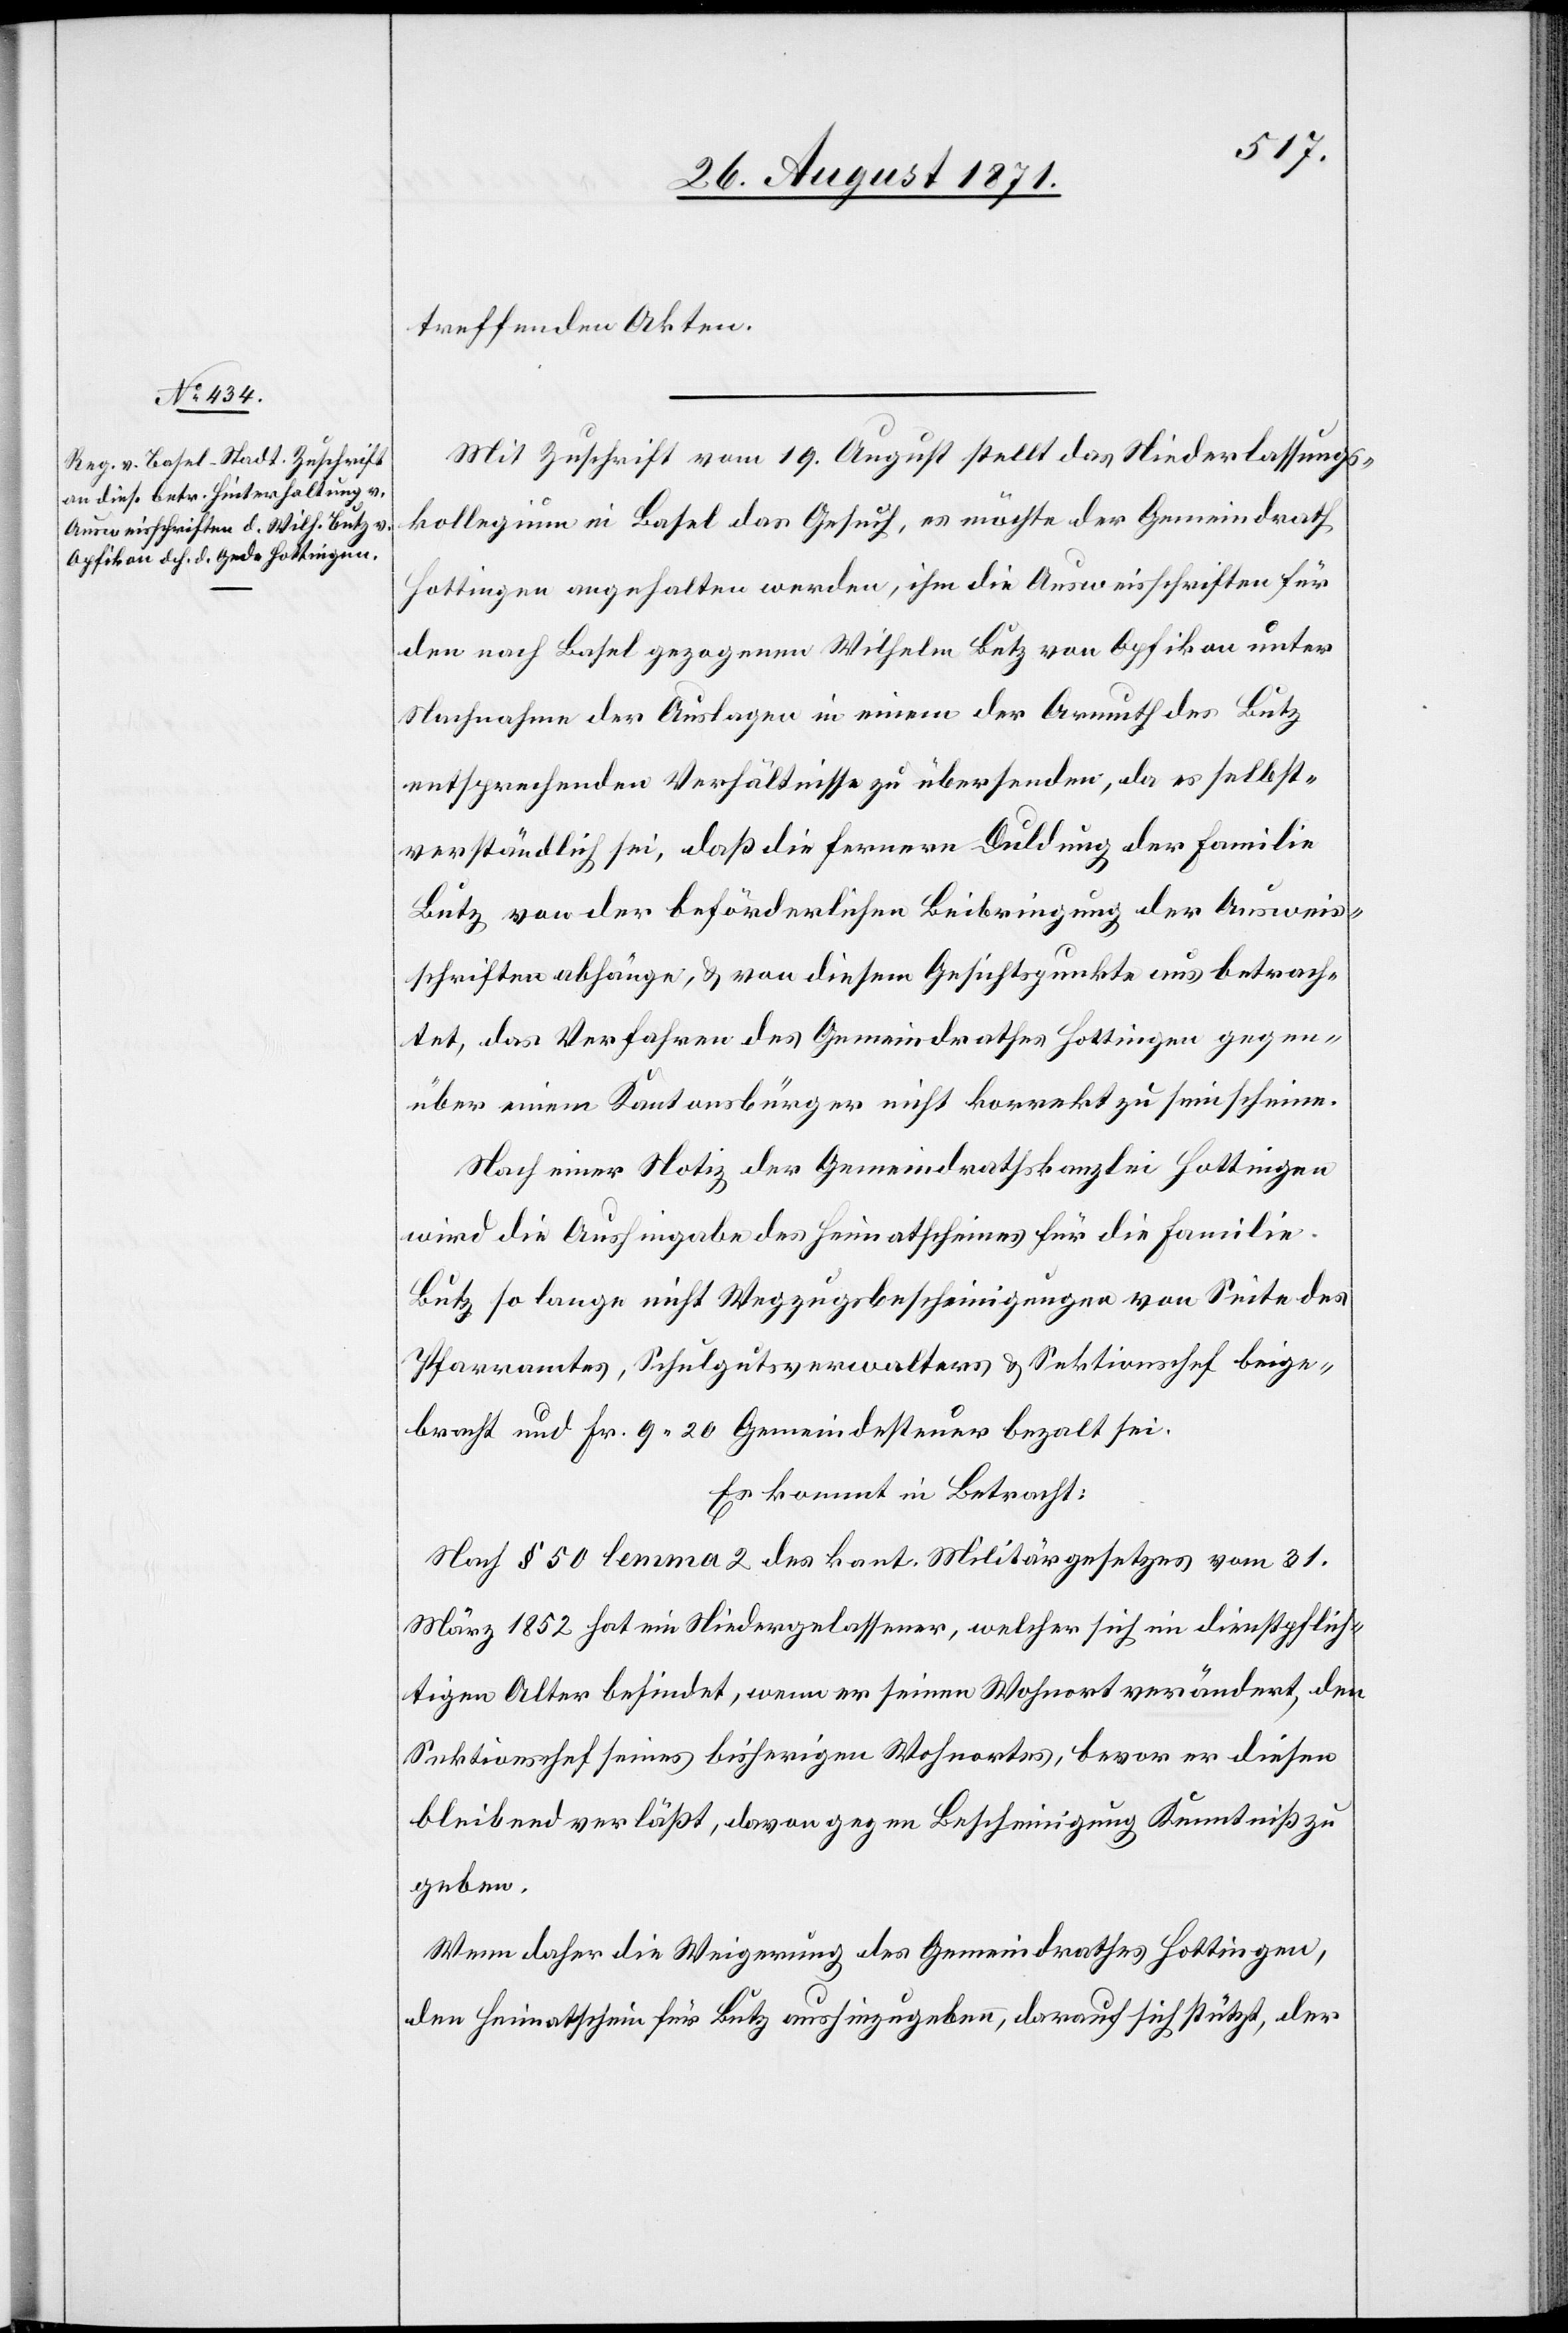
treffenden Akten.
Mit Zuschrift vom 19. August stellt das Niederlassungs¬
kollegium in Basel das Gesuch, es möchte der Gemeindrath
Hottingen angehalten werden, ihm die Ausweisschriften für
den nach Basel gegangenen Wilhelm Butz von Opfikon unter
Nachnahme der Auslagen in einem der Armuth des Butz
entsprechenden Verhältnisse zu übersenden; da es selbst¬
verständlich sei, daß die fernere Duldung der Familie
Butz von der beförderlichen Beibringung der Ausweis¬
schriften abhänge, & von diesem Gesichtspunkte aus betrach¬
tet, das Verfahren des Gemeindrathes Hottingen gegen¬
über einem Kantonsbürger nicht korrekt zu sein scheine.
Nach einer Notiz der Gemeindrathskanzlei Hottingen
wird die Aushingabe des Heimatscheines für die Familie
so lange nicht Wegzugsbescheinigungen von Seite der
Pfarramtes, Schulgutsverwalters & Sektionschef beige¬
bracht und Fr. 9 20 Gemeindesteuer bezahlt sei.
Es kommt in Betracht:
Nach § 50 lemma 2 des kant. Militärgesetzes vom 31.
März 1852 hat ein Niedergelassener, welcher sich in dienstpflich¬
tigem Alter befindet, wenn er seinen Wohnort verändert, den
Sektionschef seines bisherigen Wohnortes, bevor er diesen
bleibend verlässt, davon gegen Bescheinigung Kenntniß zu
geben.
Wenn daher die Weigerung des Gemeindrathes Hottingen,
den Heimatschein für Butz aushinzugeben, darauf sich stützt, der